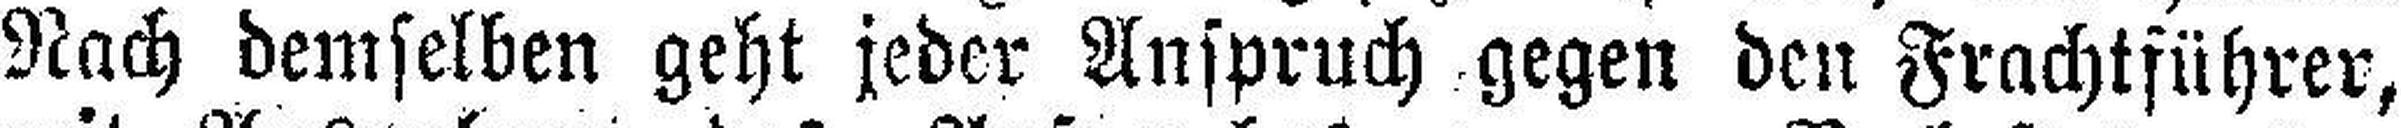
Nach demselben geht jeder Anspruch gegen den Frachtführer,